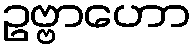
ဥဗ္ဗာဟော